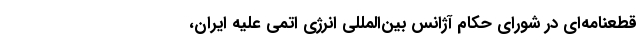
قطعنامه‌ای در شورای حکام آژانس بین‌المللی انرژی اتمی علیه ایران،